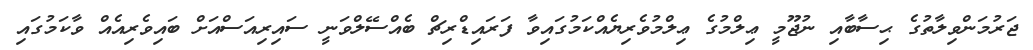
ޖަރުމަންވިލާތުގެ ޙިސާބާއި ނުޖޫމީ ޢިލްމުގެ ޢިލްމުވެރިޔެއްކަމުގައިވާ ފަރައިޑްރިޗް ބެއްސޭލްވަނީ ސައިރިއަސްއަށް ބައިވެރިއެއް ވާކަމުގައި